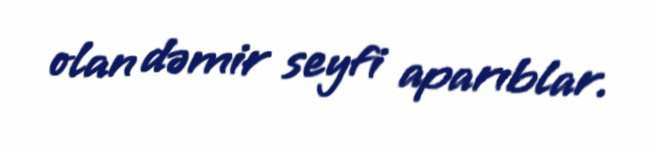
olan dəmir seyfi aparıblar.